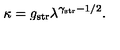
\kappa = g _ { \mathrm { s t r } } \lambda ^ { \gamma _ { \mathrm { s t r } } - 1 / 2 } .